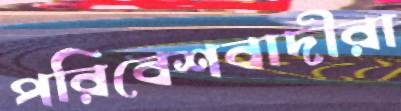
পরিবেশবাদীরা